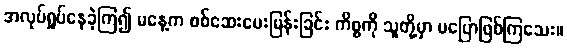
အလုပ်ရှုပ်နေခဲ့ကြ၍ မနေ့က စစ်ဆေးမေးမြန်းခြင်း ကိစ္စကို သူတို့မှာ မပြောဖြစ်ကြသေး။